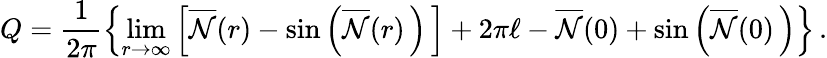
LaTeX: Q=\frac{1}{2\pi}\left\{ \operatorname*{lim}_{r{\rightarrow}{\infty}}\left[\overline{{{\cal{N}}}}(r)-{\sin}\left(\overline{{{\cal{N}}}}(r)\, \right)\, \right]+2\pi\ell-\overline{{{\cal{N}}}}(0)+{\sin}\left(\overline{{{\cal{N}}}}(0)\, \right)\right\} \, .